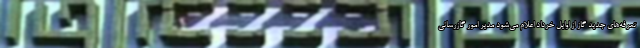
تعرفه‌های جدید گاز از اوایل خرداد اعلام می‌شود مدیر امور گازرسانی